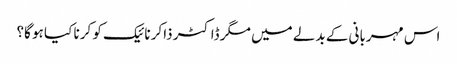
اس مہربانی کے بدلے میں مگر ڈاکٹر ذاکر نائیک کو کرنا کیا ہو گا؟